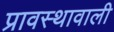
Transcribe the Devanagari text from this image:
प्रावस्थावाली